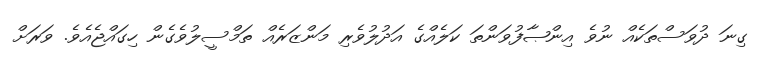
ގިނަ ދުވަސްތަކެއް ނުވެ އިންޞާފުވަންތަ ކަލެއްގެ އަދުލުވެރި މަންޒަރެއް ތަމްސީލުވެގެން ހިގައްޖެއެވެ. ވަރަށް